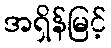
အရှိန်မြင့်